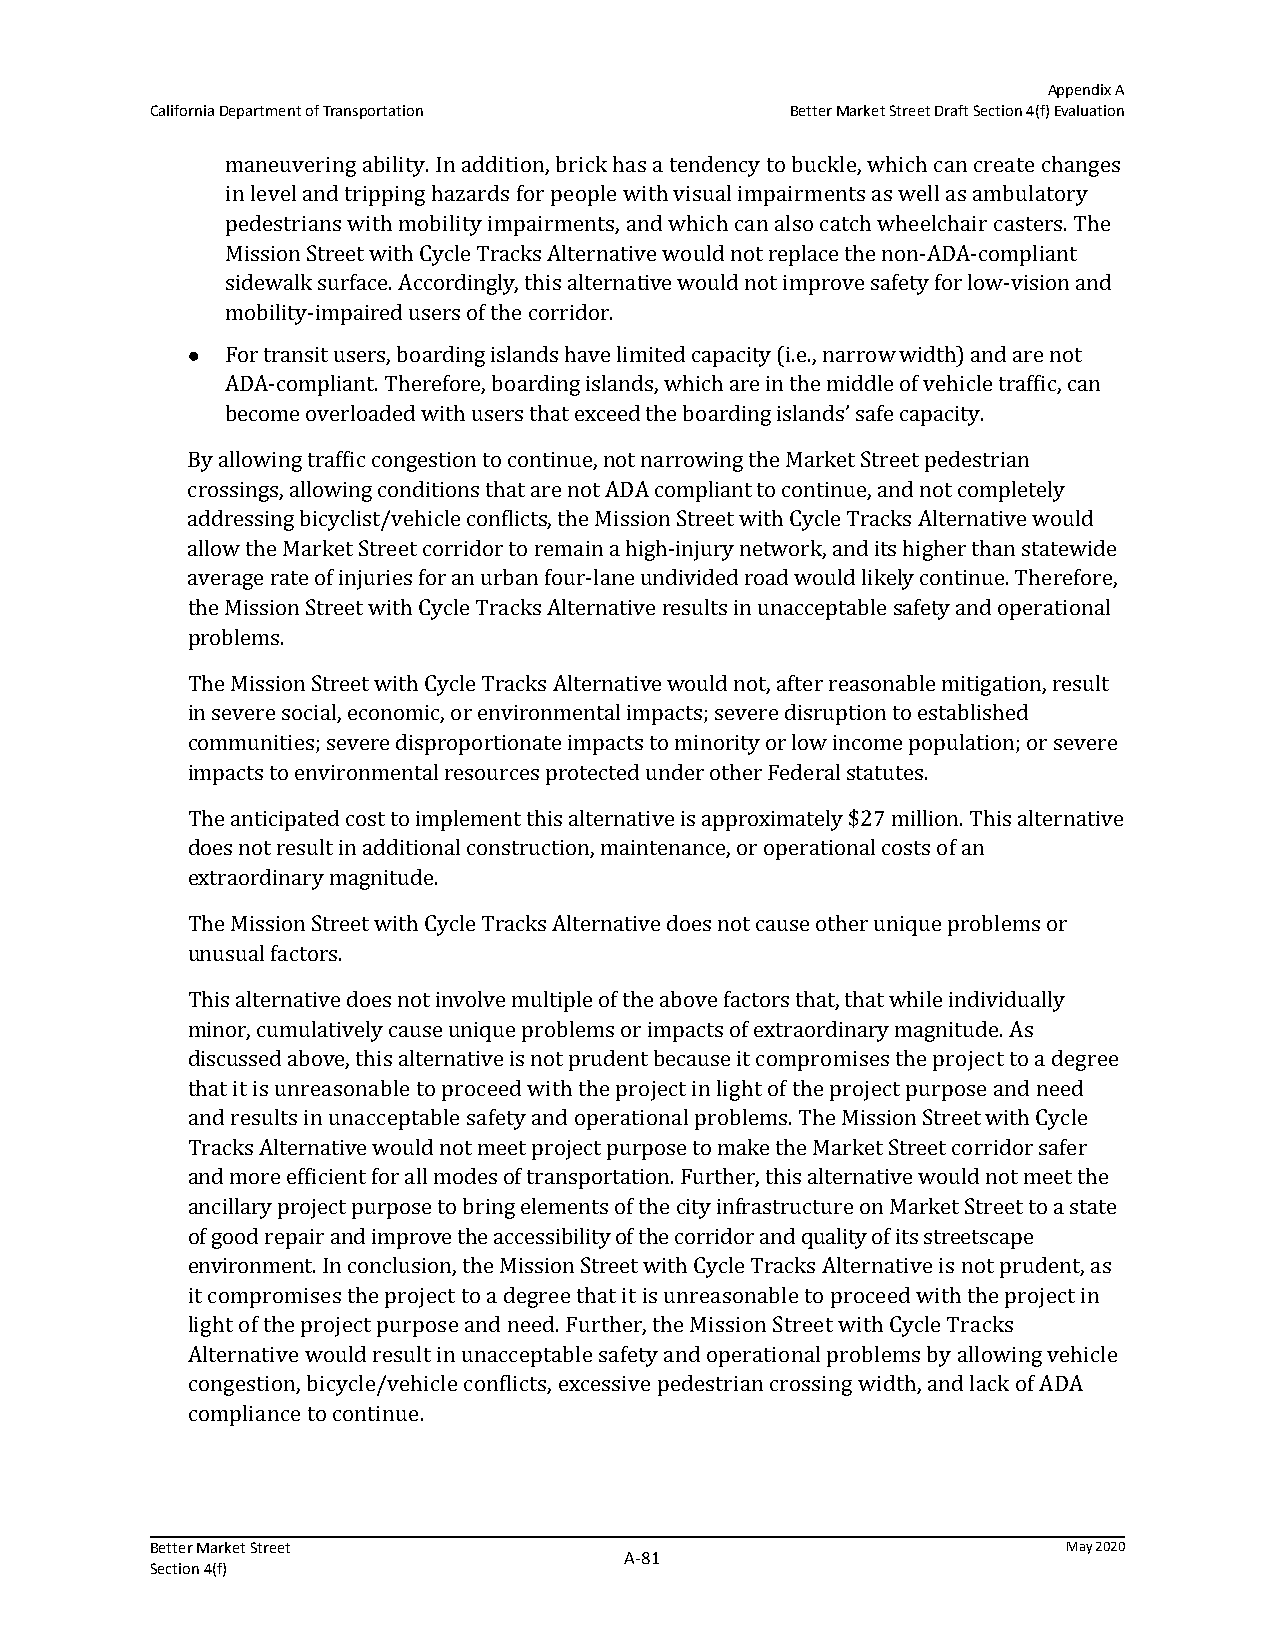
Appendix A
 California Department of Transportation   Better Market Street Draft Section 4(f) Evaluation
 maneuvering ability. In addition, brick has a tendency to buckle, which can create changes
 in level and tripping hazards for people with visual impairments as well as ambulatory
 pedestrians with mobility impairments, and which can also catch wheelchair casters. The
 Mission Street with Cycle Tracks Alternative would not replace the non-ADA-compliant
 sidewalk surface. Accordingly, this alternative would not improve safety for low-vision and
 mobility-impaired users of the corridor.
   For transit users, boarding islands have limited capacity (i.e., narrow width) and are not
 ADA-compliant. Therefore, boarding islands, which are in the middle of vehicle traffic, can
 become overloaded with users that exceed the boarding islands’ safe capacity.
 By allowing traffic congestion to continue, not narrowing the Market Street pedestrian
 crossings, allowing conditions that are not ADA compliant to continue, and not completely
 addressing bicyclist/vehicle conflicts, the Mission Street with Cycle Tracks Alternative would
 allow the Market Street corridor to remain a high-injury network, and its higher than statewide
 average rate of injuries for an urban four-lane undivided road would likely continue. Therefore,
 the Mission Street with Cycle Tracks Alternative results in unacceptable safety and operational
 problems.
 The Mission Street with Cycle Tracks Alternative would not, after reasonable mitigation, result
 in severe social, economic, or environmental impacts; severe disruption to established
 communities; severe disproportionate impacts to minority or low income population; or severe
 impacts to environmental resources protected under other Federal statutes.
 The anticipated cost to implement this alternative is approximately $27 million. This alternative
 does not result in additional construction, maintenance, or operational costs of an
 extraordinary magnitude.
 The Mission Street with Cycle Tracks Alternative does not cause other unique problems or
 unusual factors.
 This alternative does not involve multiple of the above factors that, that while individually
 minor, cumulatively cause unique problems or impacts of extraordinary magnitude. As
 discussed above, this alternative is not prudent because it compromises the project to a degree
 that it is unreasonable to proceed with the project in light of the project purpose and need
 and results in unacceptable safety and operational problems. The Mission Street with Cycle
 Tracks Alternative would not meet project purpose to make the Market Street corridor safer
 and more efficient for all modes of transportation. Further, this alternative would not meet the
 ancillary project purpose to bring elements of the city infrastructure on Market Street to a state
 of good repair and improve the accessibility of the corridor and quality of its streetscape
 environment. In conclusion, the Mission Street with Cycle Tracks Alternative is not prudent, as
 it compromises the project to a degree that it is unreasonable to proceed with the project in
 light of the project purpose and need. Further, the Mission Street with Cycle Tracks
 Alternative would result in unacceptable safety and operational problems by allowing vehicle
 congestion, bicycle/vehicle conflicts, excessive pedestrian crossing width, and lack of ADA
 compliance to continue.
 Better Market Street                                         May 2020
 A‐81
 Section 4(f)